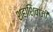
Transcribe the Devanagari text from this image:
शहाशिवाजी